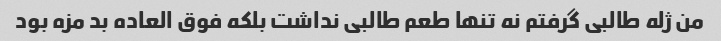
من ژله طالبی گرفتم نه تنها طعم طالبی نداشت بلکه فوق العاده بد مزه بود